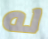
له